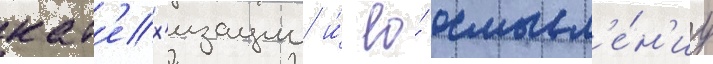
кат'ех'изации и́ ео́ осмысл'е́н'иу